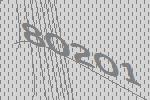
80201